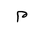
Letter: _mim